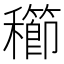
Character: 𥣮